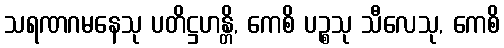
သရဏဂမနေသု ပတိဋ္ဌဟန္တိ, ကေစိ ပဉ္စသု သီလေသု, ကေစိ